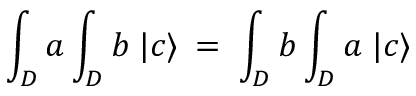
\int _ { D } a \int _ { D } b \; | c \rangle \: = \: \int _ { D } b \int _ { D } a \; | c \rangle